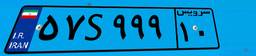
۸۶S۴۶۷۸۹